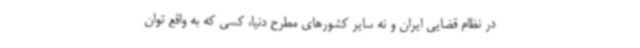
در نظام قضایی ایران و نه سایر کشورهای مطرح دنیا، کسی که به واقع توان